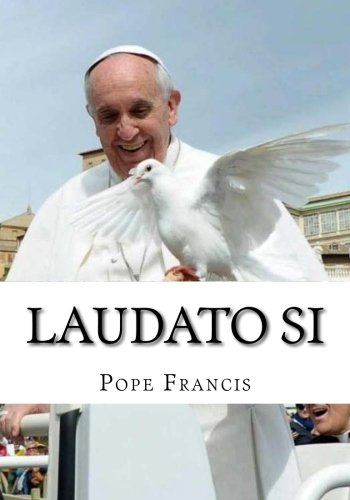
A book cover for Laudato Si: On care for our common home; Pope Francis; Religion & Spirituality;